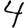
Digit: 4